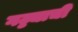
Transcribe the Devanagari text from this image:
गठ्ठ्याची